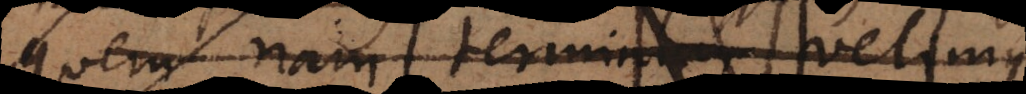
quem nam terminum ve